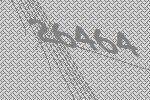
26464